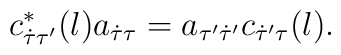
c_{\dot{\tau} \tau'}^{*}(l) a_{\dot{\tau} \tau}=a_{\tau' \dot{\tau}'} c_{\dot{\tau}' \tau}(l).